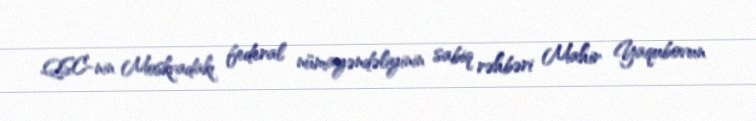
QSC-nin Moskvadakı federal nümayəndəliyinin sabiq rəhbəri Mahir Yaqubovun